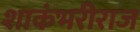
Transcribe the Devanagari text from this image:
शाकंभरीराज